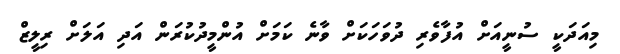
މިއަދަކީ ސުނީއަށް އުފާވެރި ދުވަހަކަށް ވާނެ ކަމަށް އުންމީދުކުރަން އަދި އަލަށް ރިލީޒް